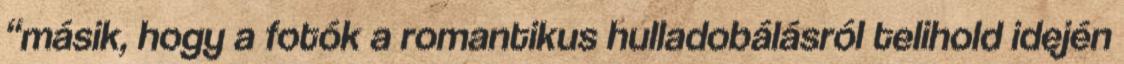
“másik, hogy a fotók a romantikus hulladobálásról telihold idején